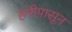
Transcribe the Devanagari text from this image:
हमीपासून